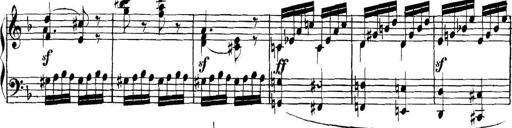
Title: Collected Piano Sonatas
Composer: Muzio Clementi